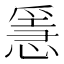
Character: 㥯